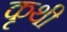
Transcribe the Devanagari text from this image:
कृथी